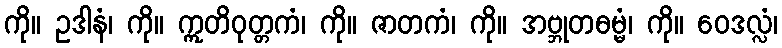
ကို။ ဥဒါနံ၊ ကို။ ဣတိဝုတ္တကံ၊ ကို။ ဇာတကံ၊ ကို။ အဗ္ဘုတဓမ္မံ၊ ကို။ ဝေဒလ္လံ၊